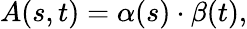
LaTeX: A(s,t)=\alpha(s)\cdot\beta(t),